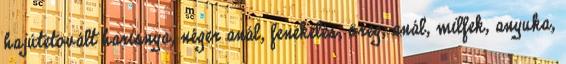
hajútetovált harisnya, néger anál, fenekelés, öreg, anál, milfek, anyuka,